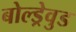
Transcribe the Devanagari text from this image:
बोल्ड्रेवुड